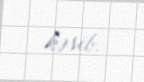
kəsib.